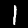
Label: 1